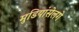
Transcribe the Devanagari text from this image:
मुडियांसेलगे